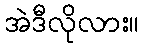
အဲဒီလိုလား။